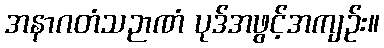
အနာဂတံသဉာဏံ ပုဒ်အဖွင့်အကျဉ်း။